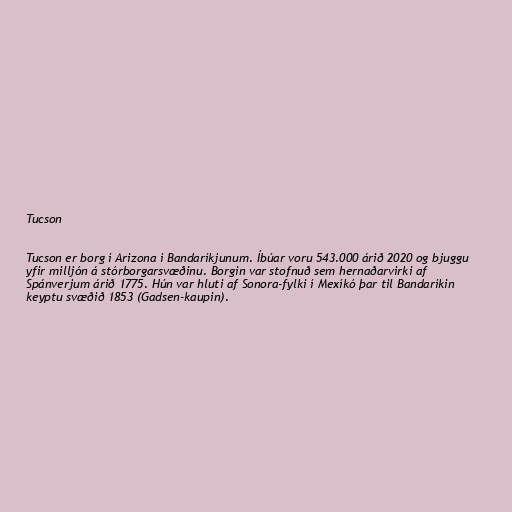
Tucson

Tucson er borg í Arizona í Bandaríkjunum. Íbúar voru 543.000 árið 2020 og bjuggu
yfir milljón á stórborgarsvæðinu. Borgin var stofnuð sem hernaðarvirki af
Spánverjum árið 1775. Hún var hluti af Sonora-fylki í Mexíkó þar til Bandaríkin
keyptu svæðið 1853 (Gadsen-kaupin).